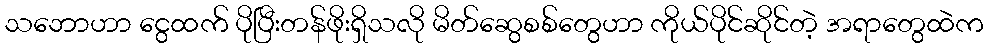
သဘောဟာ ငွေထက် ပိုပြီးတန်ဖိုးရှိသလို မိတ်ဆွေစစ်တွေဟာ ကိုယ်ပိုင်ဆိုင်တဲ့ အရာတွေထဲက